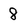
Character: 8